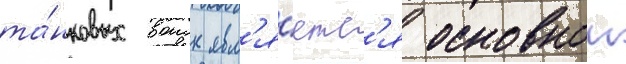
та́нковых воиск явл'я́етс'я основнои